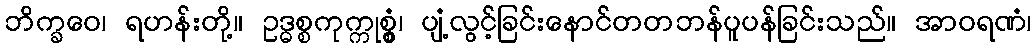
ဘိက္ခဝေ၊ ရဟန်းတို့။ ဥဒ္ဓစ္စကုက္ကုစ္စွံ၊ ပျံ့လွင့်ခြင်းနောင်တတဘန်ပူပန်ခြင်းသည်။ အာဝရဏံ၊